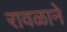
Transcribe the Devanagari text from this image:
रावळाने